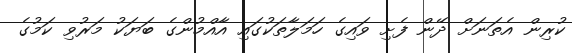
ކުރިން އެތަނަށް ދޭން ފެށި ވައިގެ ހަމަލާތަކުގައި އާއްމުންގެ ބަޔަކު މަރުވި ކަމުގެ